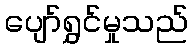
ပျော်ရွှင်မှုသည်